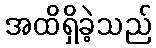
အထိရှိခဲ့သည်